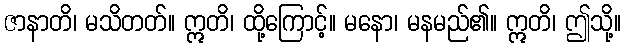
ဇာနာတိ၊ မသိတတ်။ ဣတိ၊ ထို့ကြောင့်။ မနော၊ မနမည်၏။ ဣတိ၊ ဤသို့။